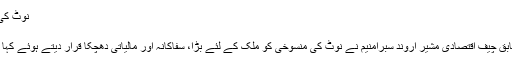
نوٹ کی منسوخی بڑا، ظالمانہ اور مالیاتی دھچکا : سبرامنیم.
Thu 29 Nov 2018, 19:35:44
نئی دہلی، 29 نومبر (ایجنسی) مودی حکومت کے سابق چیف اقتصادی مشیر اروند سبرامنيم نے نوٹ کی منسوخی کو ملک کے لئے بڑا، سفاکانہ اور مالیاتی دھچکا قرار دیتے ہوئے کہا ہے کہ اس سے غیر منظم سیکٹر پر بہت برا اثر پڑا۔